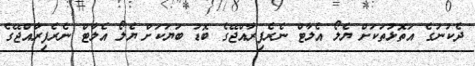
ދެކުނުގެ އަތޮޅުތަކަށް ޔެލޯ އެލާޓް ނެރެފިރާއްޖޭގެ ބޮޑު ބަޔަކަށް ޔެލޯ އެލާޓް ނެރެފިރާއްޖޭގެ